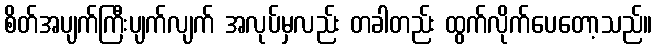
စိတ်အပျက်ကြီးပျက်လျက် အလုပ်မှလည်း တခါတည်း ထွက်လိုက်ပေတော့သည်။